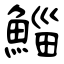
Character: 鯔